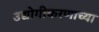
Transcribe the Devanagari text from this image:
उद्योगीकरणाच्या